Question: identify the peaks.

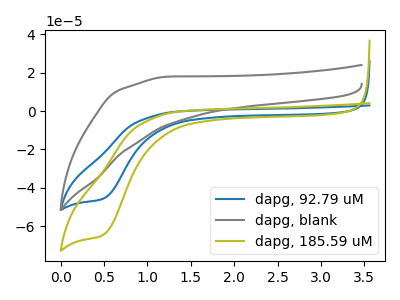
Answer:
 <answer>The blue curve "dapg, 92.79 uM" has a cathodic peak at: (0.50V, -45.50uA). The gray curve "dapg, blank" has no peaks. The olive curve "dapg, 185.59 uM" has a cathodic peak at: (0.50V, -64.30uA).</answer>
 <eval></eval>